Annual report of lunatic asylums [Bombay] - 1912-1922
Year: 1912
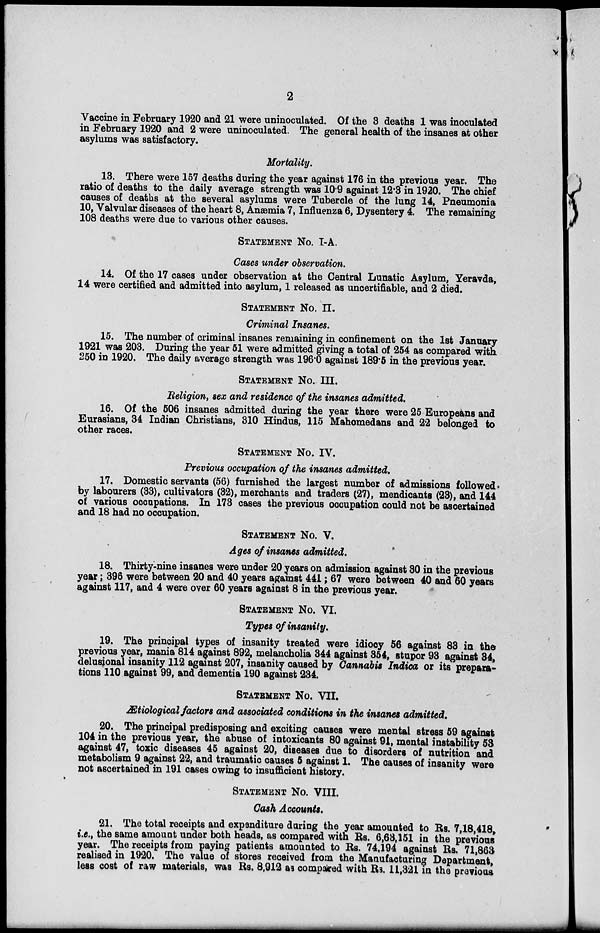
2
Vaccine in February 1920 and 21 were uninoculated. Of the 3 deaths 1 was inoculated
in February 1920 and 2 were uninoculated. The general health of the insanes at other
asylums was satisfactory.
Mortality.
13. There were 157 deaths during the year against 176 in the previous year. The
ratio of deaths to the daily average strength was 10.9 against 12.3 in 1920. The chief
causes of deaths at the several asylums were Tubercle of the lung 14, Pneumonia
10, Valvular diseases of the heart 8, Anæmia 7, Influenza 6, Dysentery 4. The remaining
108 deaths were due to various other causes.
STATEMENT NO. I-A.
Cases under observation.
14. Of the 17 cases under observation at the Central Lunatic Asylum, Yeravda,
14 were certified and admitted into asylum, 1 released as uncertifiable, and 2 died.
STATEMENT No. II.
Criminal Insanes.
15. The number of criminal insanes remaining in confinement on the 1st January
1921 was 203. During the year 51 were admitted giving a total of 254 as compared with
250 in 1920. The daily average strength was 196.0 against 189.5 in the previous year.
Statement No. III.
Religion, sex and residence of the insanes admitted.
16. Of the 506 insanes admitted during the year there were 25 Europeans and
Eurasians, 34 Indian Christians, 310 Hindus, 115 Mahomedans and 22 belonged to
other races.
STATEMENT No. IV.
Previous occupation of the insanes admitted.
17. Domestic servants (56) furnished the largest number of admissions followed.
by labourers (33), cultivators (32), merchants and traders (27), mendicants (23), and 144
of various occupations. In 173 cases the previous occupation could not be ascertained
and 18 had no occupation.
STATEMENT No. V.
Ages of insanes admitted.
18. Thirty-nine insanes were under 20 years on admission against 30 in the previous
year; 396 were between 20 and 40 years against 441; 67 were between 40 and 60 years
against 117, and 4 were over 60 years against 8 in the previous year.
STATEMENT No. VI.
Types of insanity.
19. The principal types of insanity treated were idiocy 56 against 83 in the
previous year, mania 814 against 892, melancholia 344 against 354, stupor 93 against 34,
delusional insanity 112 against 207, insanity caused by Cannabis Indica or its prepara-
tions 110 against 99, and dementia 190 against 234.
STATEMENT No. VII.
Ætiological factors and associated conditions in the insanes admitted.
20. The principal predisposing and exciting causes were mental stress 59 against
104 in the previous year, the abuse of intoxicants 80 against 91, mental instability 53
against 47, toxic diseases 45 against 20, diseases due to disorders of nutrition and
metabolism 9 against 22, and traumatic causes 5 against 1. The causes of insanity were
not ascertained in 191 cases owing to insufficient history.
STATEMENT No. VIII.
Cash Accounts.
21. The total receipts and expenditure during the year amounted to Rs. 7,18,418,
i.e., the same amount under both heads, as compared with Rs. 6,63,151 in the previous
year. The receipts from paying patients amounted to Rs. 74,194 against Rs. 71,863
realised in 1920. The value of stores received from the Manufacturing Department,
less cost of raw materials, was Rs. 8,912 as compared with Rs. 11,321 in the previous